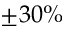
\pm 3 0 \%